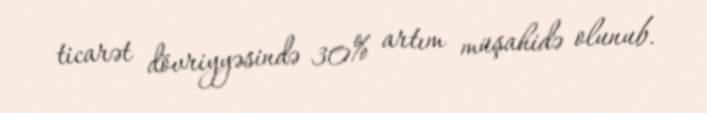
ticarət dövriyyəsində 30% artım müşahidə olunub.